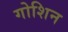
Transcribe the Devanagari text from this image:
गोशिन